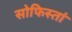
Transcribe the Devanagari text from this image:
सोफिस्तां